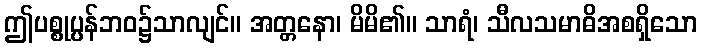
ဤပစ္စုပ္ပန်ဘဝ၌သာလျင်။ အတ္တနော၊ မိမိ၏။ သာရံ၊ သီလသမာဓိအစရှိသော